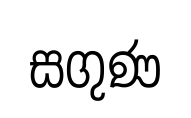
සගුණ